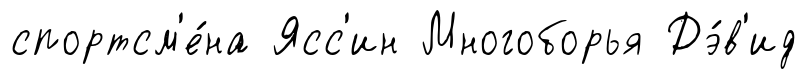
спортсм'е́на Ясс'ин Многоборья Дэ́в'ид